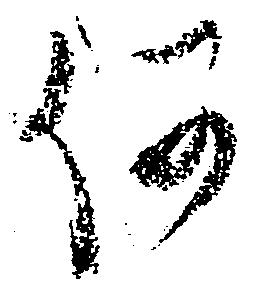
何